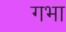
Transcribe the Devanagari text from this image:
गभा